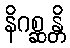
နိဂစ္ဆန္တိ